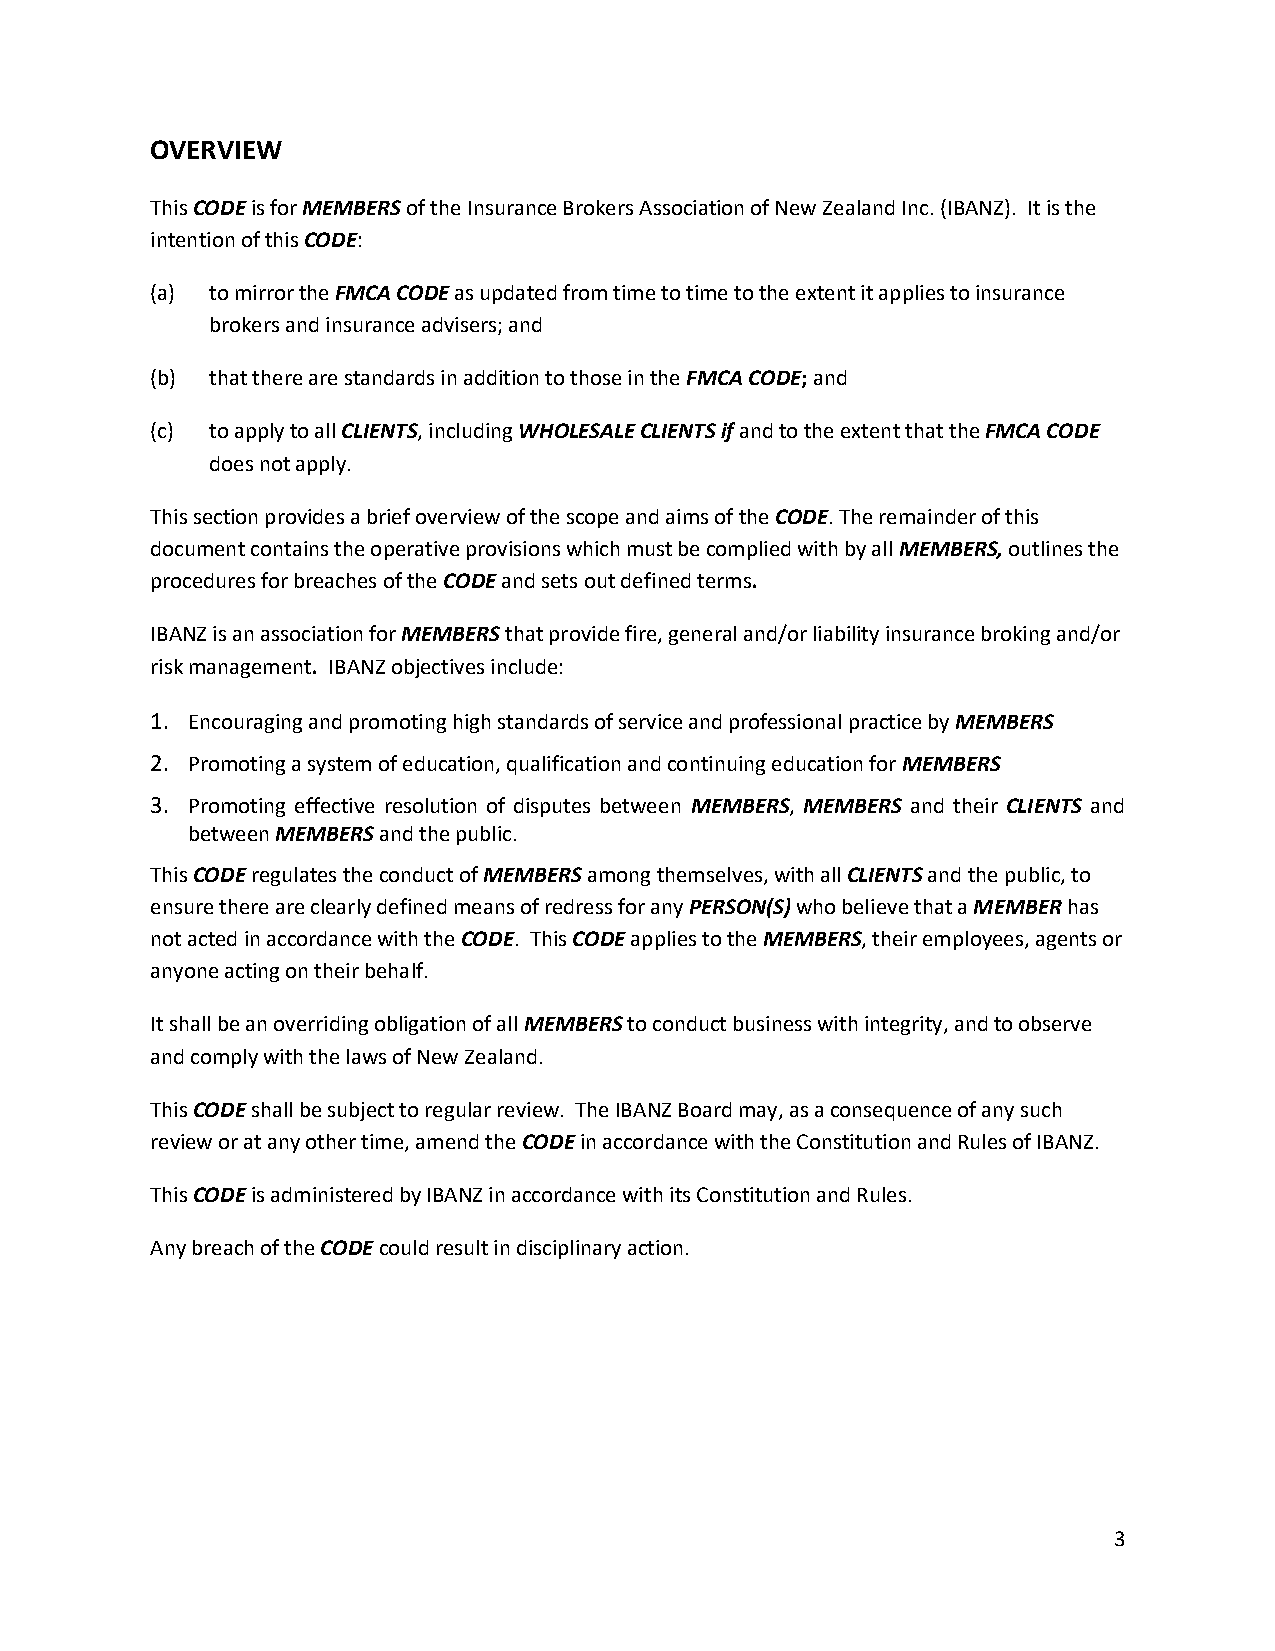
OVERVIEW
 This CODE is for MEMBERS of the Insurance Brokers Association of New Zealand Inc. (IBANZ). It is the
 intention of this CODE:
 (a) to mirror the FMCA CODE as updated from time to time to the extent it applies to insurance
 brokers and insurance advisers; and
 (b) that there are standards in addition to those in the FMCA CODE; and
 (c) to apply to all CLIENTS, including WHOLESALE CLIENTS if and to the extent that the FMCA CODE
 does not apply.
 This section provides a brief overview of the scope and aims of the CODE. The remainder of this
 document contains the operative provisions which must be complied with by all MEMBERS, outlines the
 procedures for breaches of the CODE and sets out defined terms.
 IBANZ is an association for MEMBERS that provide fire, general and/or liability insurance broking and/or
 risk management. IBANZ objectives include:
 1. Encouraging and promoting high standards of service and professional practice by MEMBERS
 2. Promoting a system of education, qualification and continuing education for MEMBERS
 3. Promoting effective resolution of disputes between MEMBERS, MEMBERS and their CLIENTS and
 between MEMBERS and the public.
 This CODE regulates the conduct of MEMBERS among themselves, with all CLIENTS and the public, to
 ensure there are clearly defined means of redress for any PERSON(S) who believe that a MEMBER has
 not acted in accordance with the CODE. This CODE applies to the MEMBERS, their employees, agents or
 anyone acting on their behalf.
 It shall be an overriding obligation of all MEMBERS to conduct business with integrity, and to observe
 and comply with the laws of New Zealand.
 This CODE shall be subject to regular review. The IBANZ Board may, as a consequence of any such
 review or at any other time, amend the CODE in accordance with the Constitution and Rules of IBANZ.
 This CODE is administered by IBANZ in accordance with its Constitution and Rules.
 Any breach of the CODE could result in disciplinary action.
 3